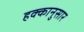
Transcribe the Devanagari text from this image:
हक्कानुसार